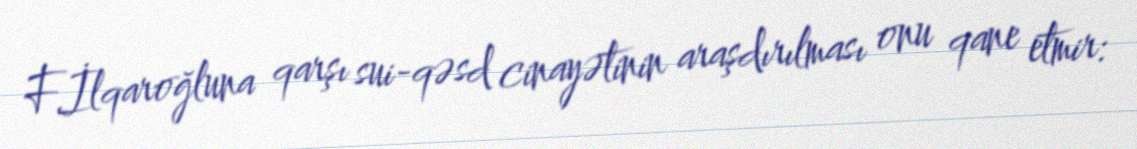
F.İlqaroğluna qarşı sui-qəsd cinayətinin araşdırılması onu qane etmir: